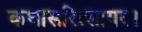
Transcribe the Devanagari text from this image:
कथासरित्सागर।